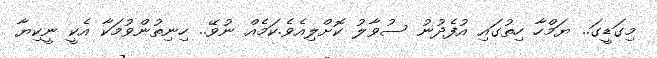
މިގަޑީގަ.. ޔަމްހާ ހިތުގައި އުފެދުނު ސުވާލު ކޮށްލިއެވެ.ކަމެއް ނުވޭ.. ހިނިތުންވުމަކާ އެކީ ނީކިޔާ